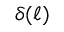
\delta ( \ell )